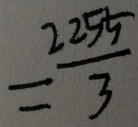
= \frac { 2 2 5 5 } { 3 }